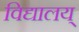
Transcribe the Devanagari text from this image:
विद्यालय्